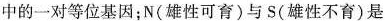
中的一对等位基因；N(雄性可育)与S(雄性不育)是